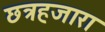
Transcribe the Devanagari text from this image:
छत्रहजारा